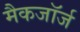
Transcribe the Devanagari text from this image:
मैकजॉर्ज